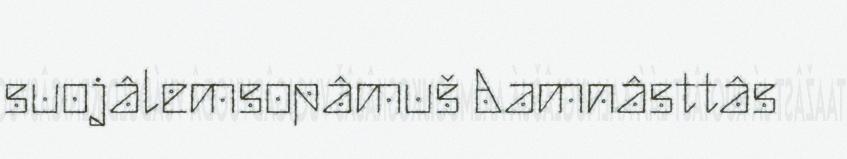
suojâlemsopâmuš Aamnâsttâs